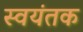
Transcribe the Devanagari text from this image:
स्‍वयंतक